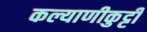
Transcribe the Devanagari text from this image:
कल्याणीकुट्टी